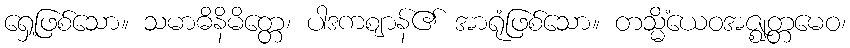
ရှေ့ဖြစ်သော။ သမာဓိနိမိတ္တေ၊ ပါဒကဈာန်၏ အာရုံဖြစ်သော။ တသ္မိံယေဝအဇ္ဈတ္တမေဝ၊